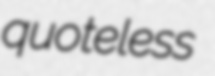
quoteless